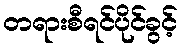
တရားစီရင်ပိုင်ခွင့်